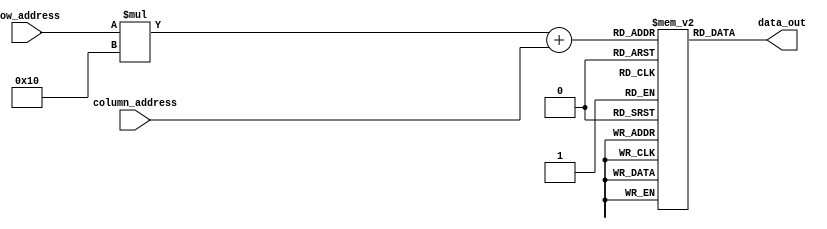
module OTP_ROM (
    input wire [row_address_width-1:0] row_address,
    input wire [column_address_width-1:0] column_address,
    output reg data_out
);

// Parameter declarations
parameter row_address_width = 4; // Specify the row address width
parameter column_address_width = 4; // Specify the column address width
parameter memory_depth = 16; // Specify the depth of the memory (number of rows)
parameter memory_width = 1; // Specify the width of each memory cell (1 bit)

// Declare memory array
reg [memory_width-1:0] memory [0:memory_depth-1][0:(2**column_address_width)-1];

// Read operation
always @(*)
begin
    data_out = memory[row_address][column_address];
end

endmodule